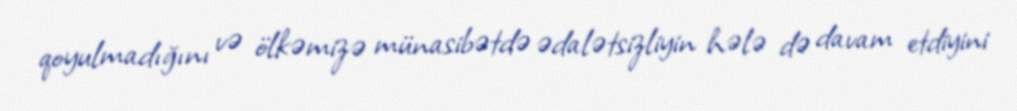
qoyulmadığını və ölkəmizə münasibətdə ədalətsizliyin hələ də davam etdiyini